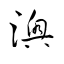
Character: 澳